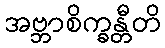
အဗ္ဘာစိက္ခန္တီတိ